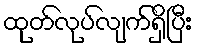
ထုတ်လုပ်လျက်ရှိပြီး